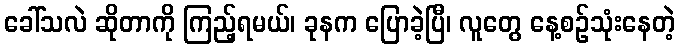
ခေါ်သလဲ ဆိုတာကို ကြည့်ရမယ်၊ ခုနက ပြောခဲ့ပြီ၊ လူတွေ နေ့စဉ်သုံးနေတဲ့